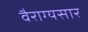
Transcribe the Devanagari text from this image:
वैराग्यसार